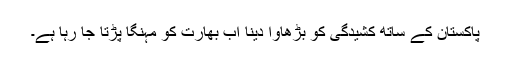
پاکستان کے ساتھ کشیدگی کو بڑھاوا دینا اب بھارت کو مہنگا پڑتا جا رہا ہے۔